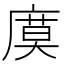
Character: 𢊗